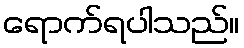
ရောက်ရပါသည်။